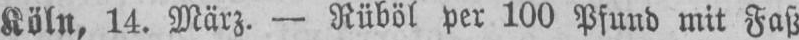
Köln, 14. März. - Rüböl per 100 Pfund mit Faß